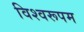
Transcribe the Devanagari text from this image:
विश्‍वरूपम